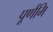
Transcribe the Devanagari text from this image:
पूर्णमि